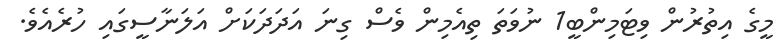
މީގެ އިތުރުން ވިޓަމިންބީ1 ނުވަތަ ތިއެމިން ވެސް ގިނަ އަދަދަކަށް އަލަނާސީގައި ހުރެއެވެ.